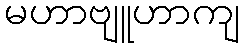
မဟာဗျူဟာကျ